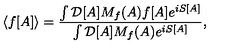
\langle f [ A ] \rangle = \frac { \int { \cal D } [ A ] M _ { f } ( A ) f [ A ] e ^ { i S [ A ] } } { \int { \cal D } [ A ] M _ { f } ( A ) e ^ { i S [ A ] } } ,